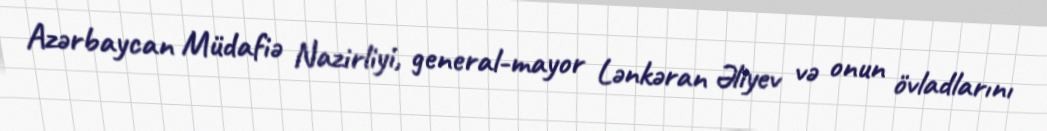
Azərbaycan Müdafiə Nazirliyi, general-mayor Lənkəran Əliyev və onun övladlarını